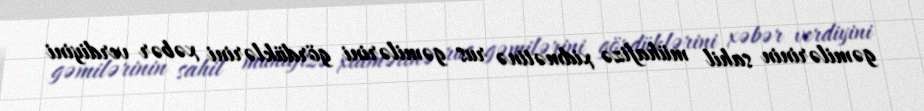
gəmilərinin sahil mühafizə xidmətinə rus gəmilərini gördüklərini xəbər verdiyini